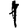
Digit: 1